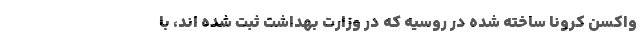
واکسن کرونا ساخته شده در روسیه که در وزارت بهداشت ثبت شده اند، با